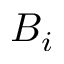
B _ { i }